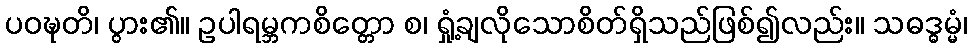
ပဝဍ္ဎတိ၊ ပွား၏။ ဥပါရမ္ဘကစိတ္တော စ၊ ရှုံ့ချလိုသောစိတ်ရှိသည်ဖြစ်၍လည်း။ သဓဒ္ဓမ္မံ၊